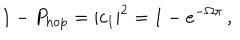
1 - P _ { \mathrm { h o p } } = | c _ { 1 } | ^ { 2 } = 1 - e ^ { - \Omega \pi } \, ,